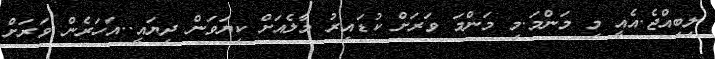
ލިބިއްޖެ.އެއީ މި މަންމަ.މި މަންމަ ވަރަށް ކުޑައިރު މާލެއަށް ކިޔަވަން ދިޔައީ..އަހަރެން ވަރަށް